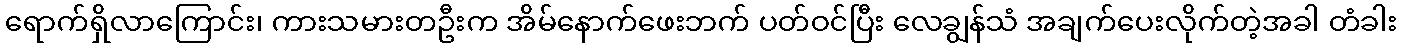
ရောက်ရှိလာကြောင်း၊ ကားသမားတဦးက အိမ်နောက်ဖေးဘက် ပတ်ဝင်ပြီး လေချွန်သံ အချက်ပေးလိုက်တဲ့အခါ တံခါး